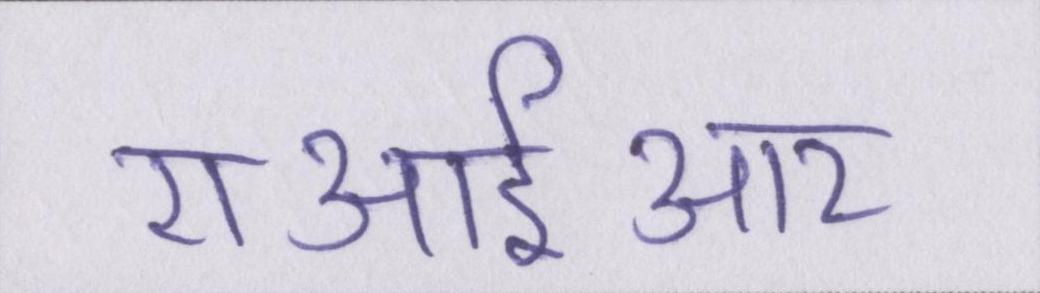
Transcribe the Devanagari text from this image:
एआईआर